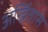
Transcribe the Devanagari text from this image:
अर्खितास